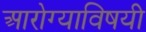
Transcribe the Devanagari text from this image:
आरोग्याविषयी